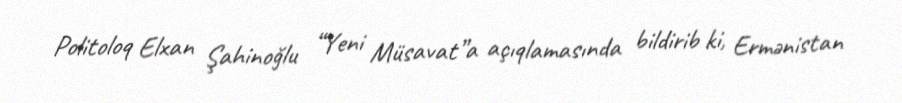
Politoloq Elxan Şahinoğlu “Yeni Müsavat”a açıqlamasında bildirib ki, Ermənistan